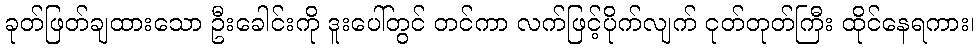
ခုတ်ဖြတ်ချထားသော ဦးခေါင်းကို ဒူးပေါ်တွင် တင်ကာ လက်ဖြင့်ပိုက်လျက် ငုတ်တုတ်ကြီး ထိုင်နေရကား၊